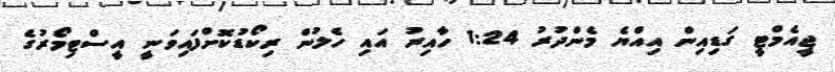
ޖީއެމްޓީ ގަޑިއިން އިއްޔެ މެންދުރު 1:24 ހާއިރު އައި ހެލުން ރިކޯޑުކޮށްފައިވަނީ އީސްޓިމޯރުގެ